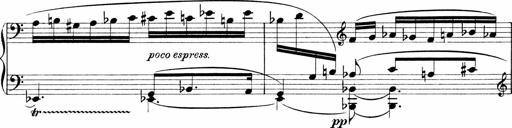
Title: Sonatina No.1
Composer: Otto Stoll
Key: C major